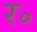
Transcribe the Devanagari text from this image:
र॰